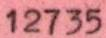
12735